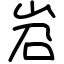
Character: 岧